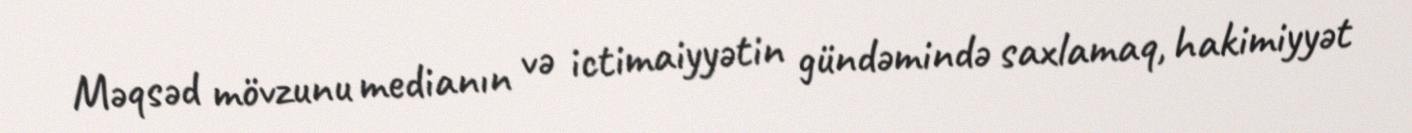
Məqsəd mövzunu medianın və ictimaiyyətin gündəmində saxlamaq, hakimiyyət